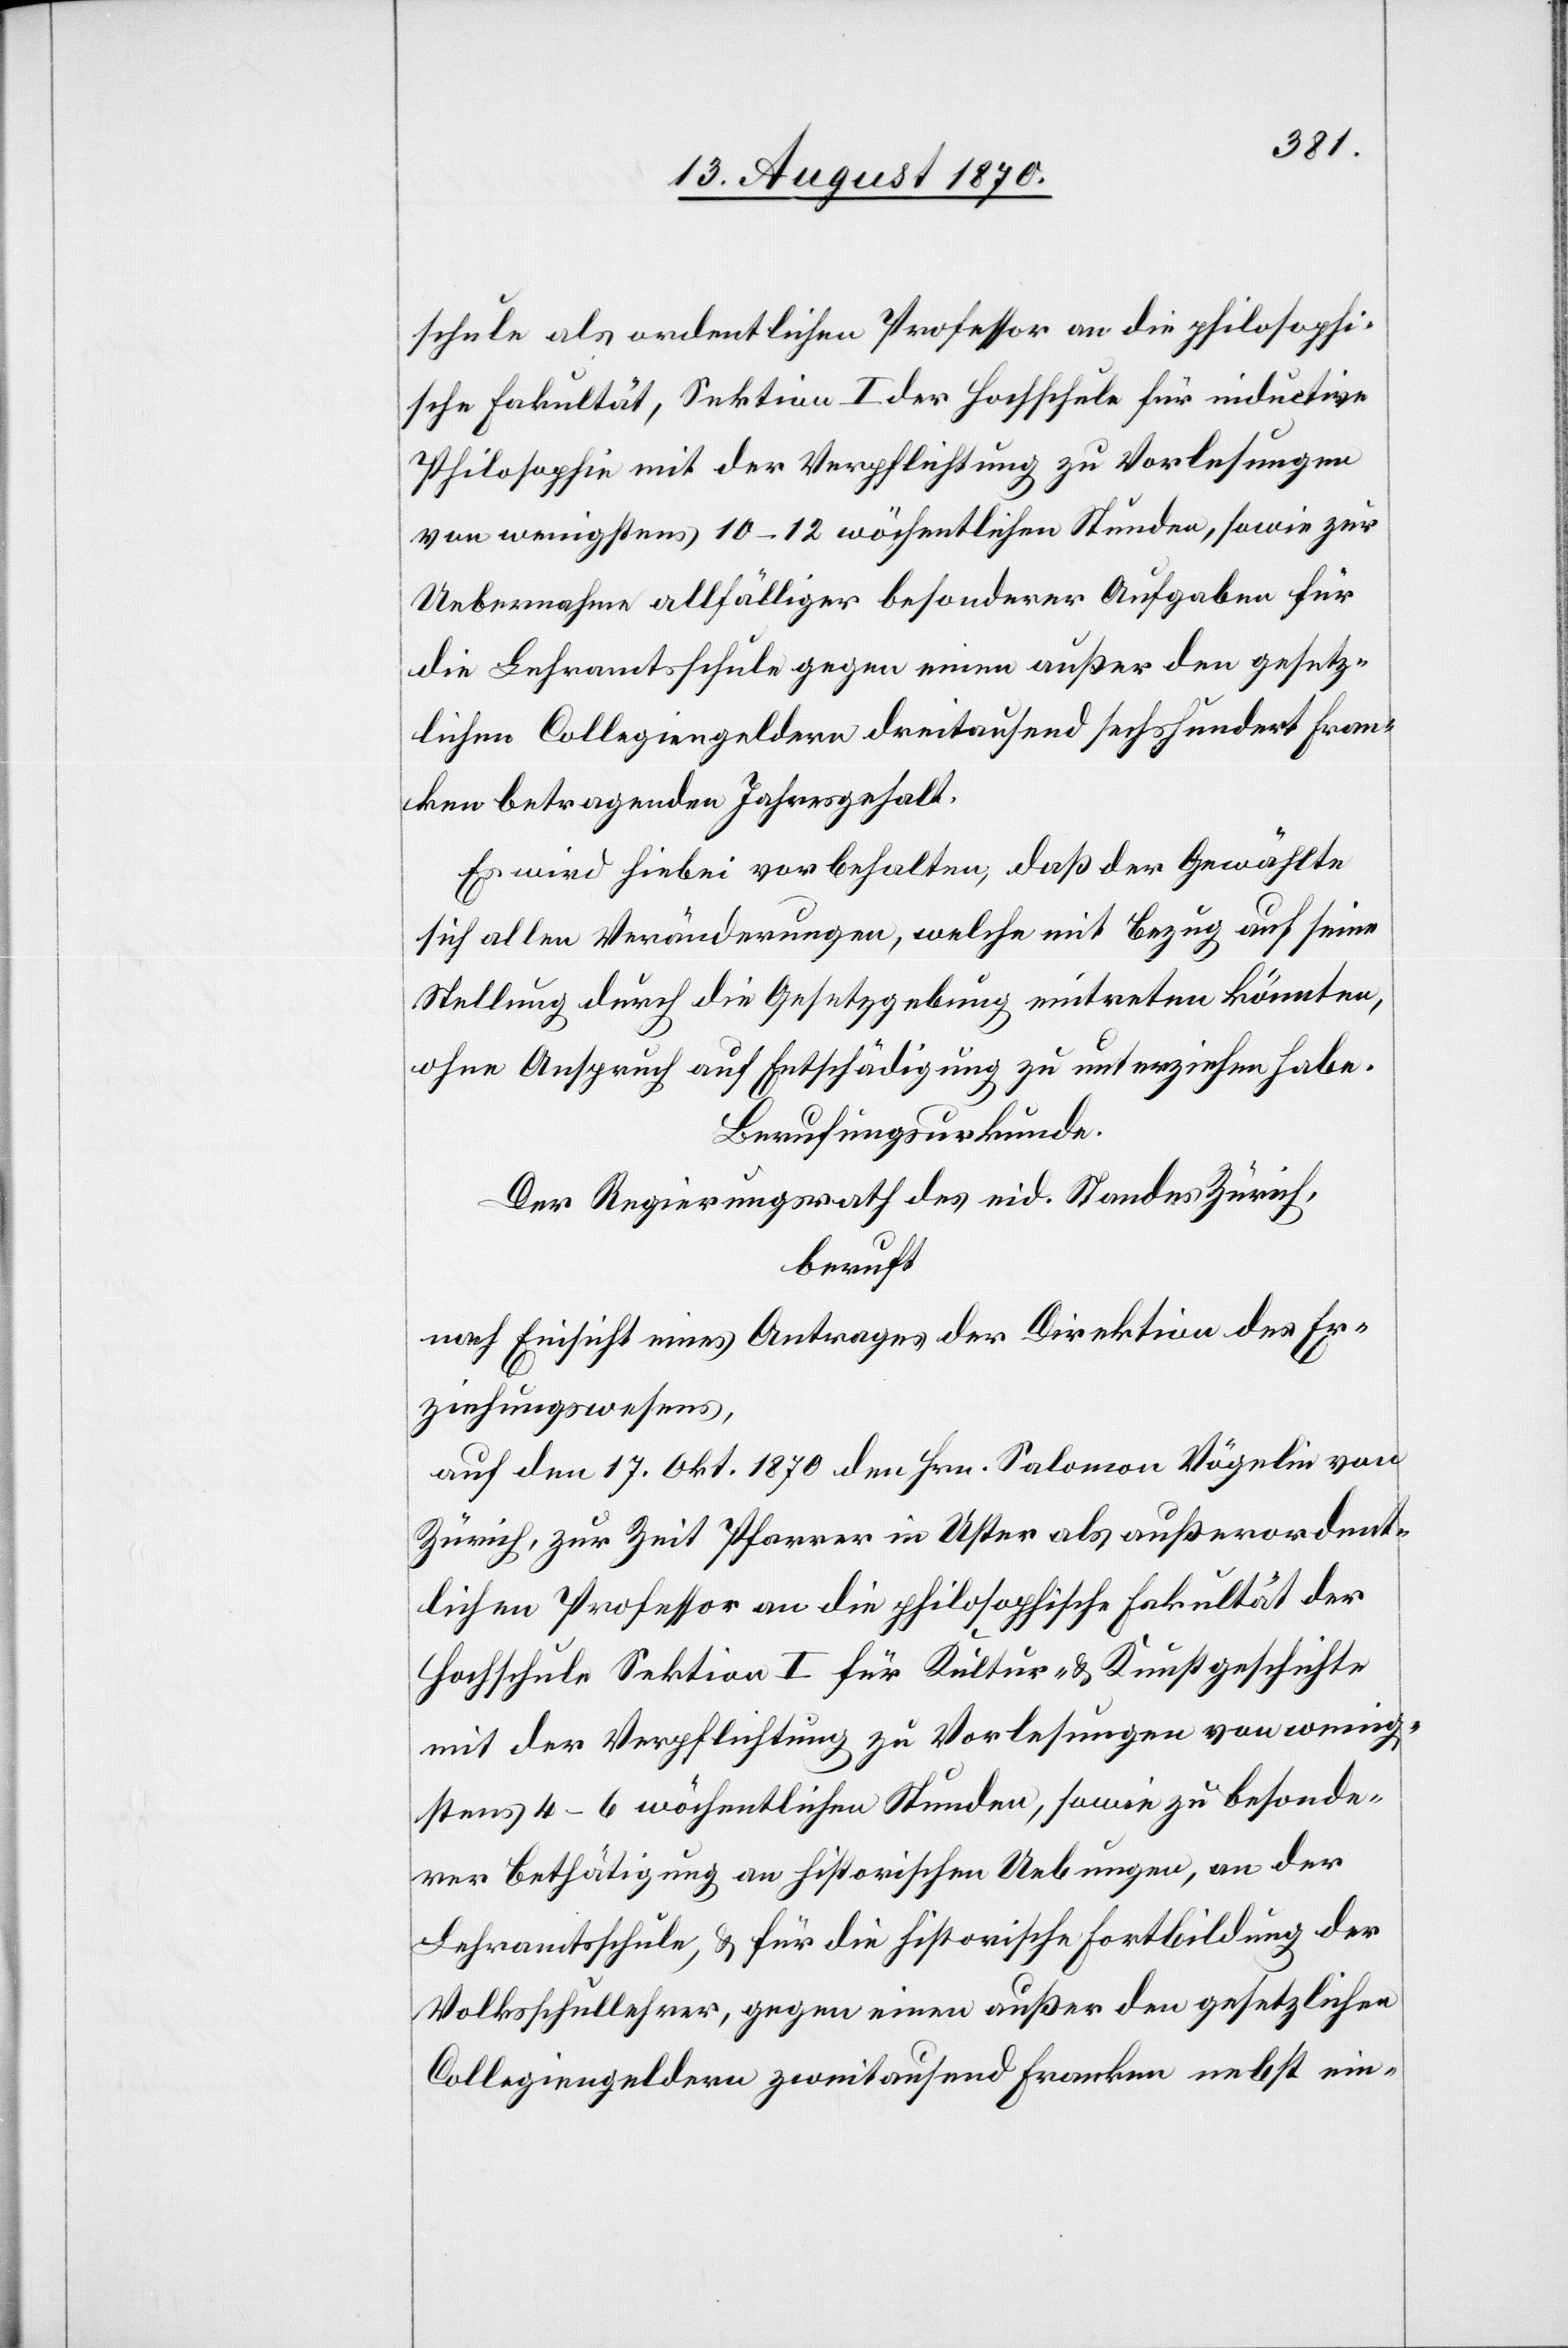
schule als ordentlichen Professor an die philosophi¬
sche Fakultät, Sektion I der Hochschule für inductive
Philosophie mit der Verpflichtung zu Vorlesungen
von wenigstens 10–12 wöchentlichen Stunden, sowie zur
Uebernahme allfälliger besonderer Aufgaben für
die Lehramtsschule gegen einen außer den gesetz¬
lichen Collegiengeldern dreitausend sechshundert Fran¬
ken betragenden Jahresgehalt.
Es wird hiebei vorbehalten, daß der Gewählte
sich allen Veränderungen, welche mit Bezug auf seine
Stellung durch die Gesetzgebung eintreten könnten,
ohne Anspruch auf Entschädigung zu unterziehen habe.
Berufungsurkunde.
Der Regierungsrath des eid. Standes Zürich,
beruft
nach Einsicht eines Antrages der Direktion des Er¬
ziehungswesens,
auf den 17. Okt. 1870 den Hrn. Salomon Vögelin von
Zürich, zur Zeit Pfarrer in Uster als außerordent¬
lichen Professor an die philosophische Fakultät der
Hochschule Sektion I für Kultur- & Kunstgeschichte
mit der Verpflichtung zu Vorlesungen von wenig¬
stens 4–6 wöchentlichen Stunden, sowie zu besonde¬
rer Bethätigung an historischen Uebungen, an der
Lehramtsschule, & für die historische Fortbildung der
Volksschullehrer, gegen einen außer den gesetzlichen
Collegiengeldern zweitausend Franken nebst ein-